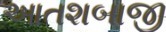
આતશબાજી